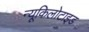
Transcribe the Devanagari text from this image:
न्यूकिलोटाइड